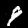
Label: 9